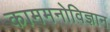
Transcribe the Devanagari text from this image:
काममनोविज्ञान